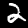
Label: 2